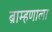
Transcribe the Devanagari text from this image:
ब्राम्हणाला